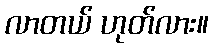
လာတယ် ဟုတ်လား။